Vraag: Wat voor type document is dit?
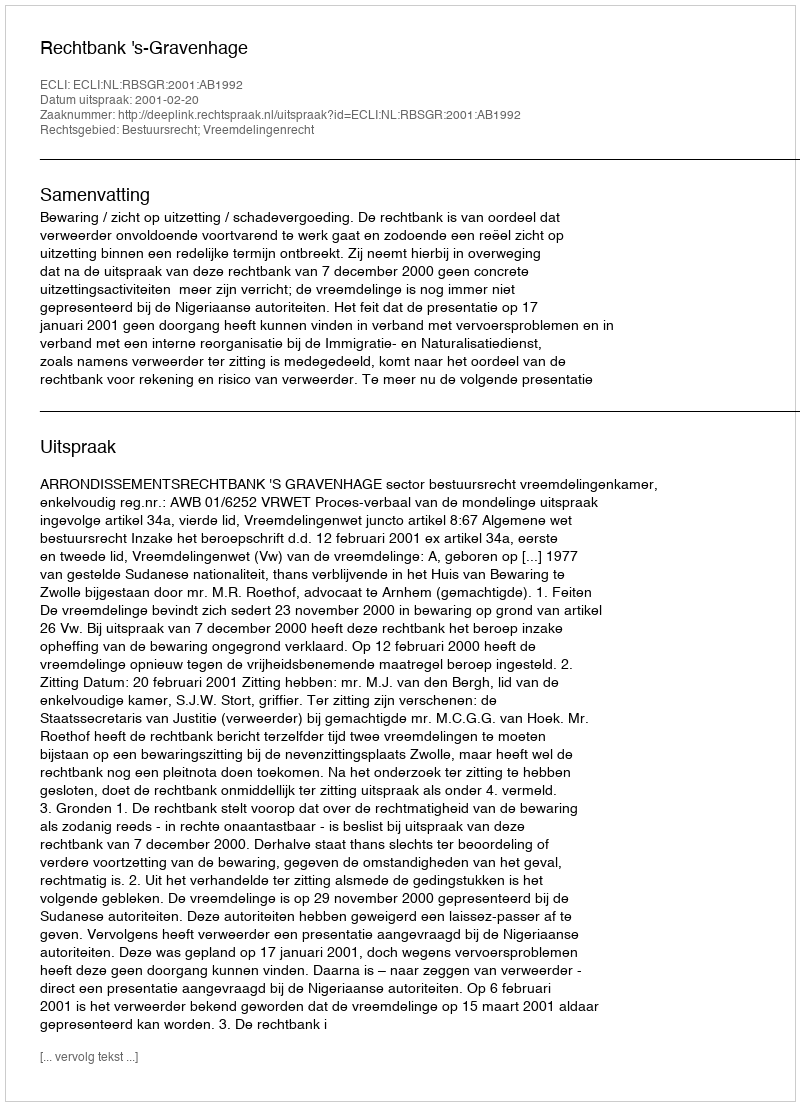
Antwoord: Uitspraak